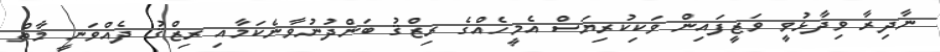
ނާދިރާ ވިދާޅުވީ ވަޒީފައިން ވަކިކުރިޔަސް އެމީހެއްގެ ރިޒްޤު ބަންދުނުވާނެކަމާއި ރިޒްޤު ދެއްވަނީ މާތް